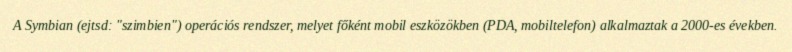
A Symbian (ejtsd: "szimbien") operációs rendszer, melyet főként mobil eszközökben (PDA, mobiltelefon) alkalmaztak a 2000-es években.